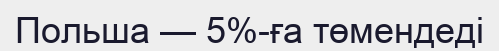
Польша — 5%-ға төмендеді